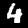
Label: 4